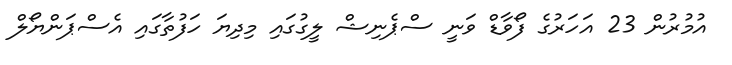
އުމުރުން 23 އަހަރުގެ ފޯވާޑް ވަނީ ސްޕެނިޝް ލީގުގައި މިދިޔަ ހަފުތާގައި އެސްޕަންޔޯލް